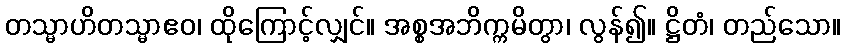
တသ္မာဟိတသ္မာဧဝ၊ ထိုကြောင့်လျှင်။ အစ္စအဘိက္ကမိတွာ၊ လွန်၍။ ဋ္ဌိတံ၊ တည်သော။